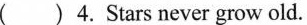
( )4.Stars never grow old.